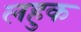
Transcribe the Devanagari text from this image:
लहुक